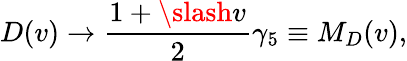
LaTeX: D(v)\to\frac{1+\slash{v}}{2}\gamma_{5}\equiv M_{D}(v),